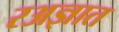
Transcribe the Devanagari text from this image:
रअज्ञात